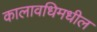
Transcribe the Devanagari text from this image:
कालावधिमधील